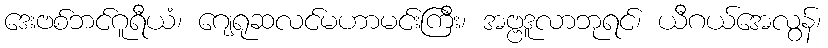
ဒေးဗစ်ဘင်ဂူရီယံ၊ ဂျေရုဆလင်မဟာမင်းကြီး၊ အဗ္ဗဒူလာဘုရင်၊ ယီဂယ်အေလွန်၊